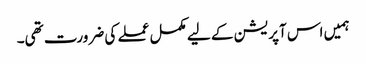
ہمیں اس آپریشن کے لیے مکمل عملے کی ضرورت تھی۔